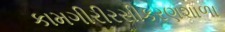
કામગીરીરસીકરણશાળા